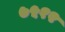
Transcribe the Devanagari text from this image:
७५१२